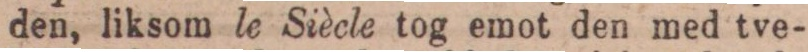
den, liksom le Siècle tog emot den med tve-